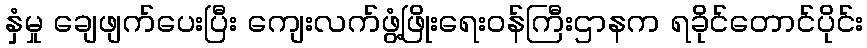
နှံမှု ချေဖျက်ပေးပြီး ကျေးလက်ဖွံ့ဖြိုးရေးဝန်ကြီးဌာနက ရခိုင်တောင်ပိုင်း